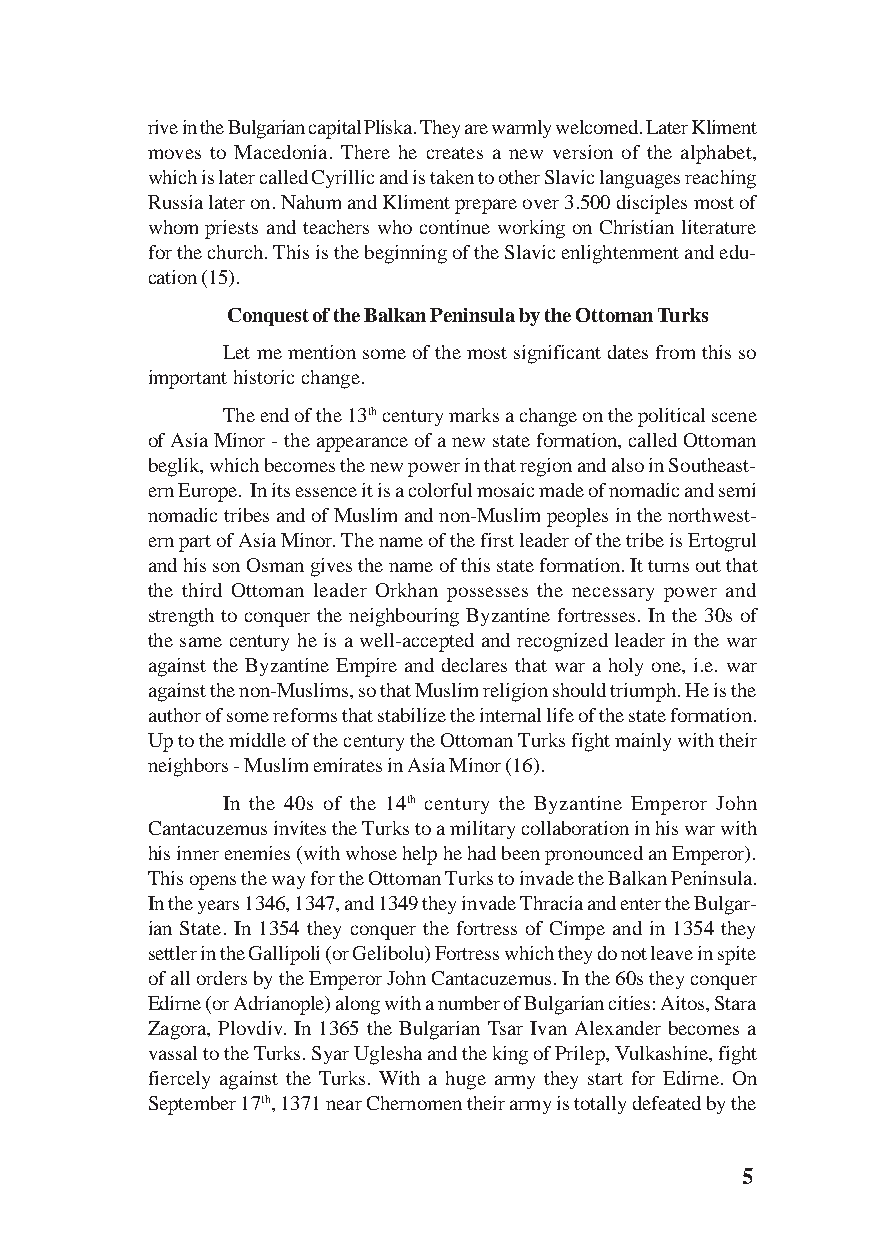
rive in the Bulgarian capital Pliska. They are warmly welcomed. Later Kliment
 moves to Macedonia. There he creates a new version of the alphabet,
 which is later called Cyrillic and is taken to other Slavic languages reaching
 Russia later on. Nahum and Kliment prepare over 3.500 disciples most of
 whom priests and teachers who continue working on Christian literature
 for the church. This is the beginning of the Slavic enlightenment and edu-
 cation (15).
 Conquest of the Balkan Peninsula by the Ottoman Turks
 Let me mention some of the most significant dates from this so
 important historic change.
 The end of the 13th century marks a change on the political scene
 of Asia Minor - the appearance of a new state formation, called Ottoman
 beglik, which becomes the new power in that region and also in Southeast-
 ern Europe. In its essence it is a colorful mosaic made of nomadic and semi
 nomadic tribes and of Muslim and non-Muslim peoples in the northwest-
 ern part of Asia Minor. The name of the first leader of the tribe is Ertogrul
 and his son Osman gives the name of this state formation. It turns out that
 the third Ottoman leader Orkhan possesses the necessary power and
 strength to conquer the neighbouring Byzantine fortresses. In the 30s of
 the same century he is a well-accepted and recognized leader in the war
 against the Byzantine Empire and declares that war a holy one, i.e. war
 against the non-Muslims, so that Muslim religion should triumph. He is the
 author of some reforms that stabilize the internal life of the state formation.
 Up to the middle of the century the Ottoman Turks fight mainly with their
 neighbors - Muslim emirates in Asia Minor (16).
 In the 40s of the 14th century the Byzantine Emperor John
 Cantacuzemus invites the Turks to a military collaboration in his war with
 his inner enemies (with whose help he had been pronounced an Emperor).
 This opens the way for the Ottoman Turks to invade the Balkan Peninsula.
 In the years 1346, 1347, and 1349 they invade Thracia and enter the Bulgar-
 ian State. In 1354 they conquer the fortress of Cimpe and in 1354 they
 settler in the Gallipoli (or Gelibolu) Fortress which they do not leave in spite
 of all orders by the Emperor John Cantacuzemus. In the 60s they conquer
 Edirne (or Adrianople) along with a number of Bulgarian cities: Aitos, Stara
 Zagora, Plovdiv. In 1365 the Bulgarian Tsar Ivan Alexander becomes a
 vassal to the Turks. Syar Uglesha and the king of Prilep, Vulkashine, fight
 fiercely against the Turks. With a huge army they start for Edirne. On
 September 17th, 1371 near Chernomen their army is totally defeated by the
 5